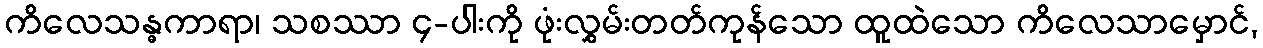
ကိလေသန္ဓကာရာ၊ သစဿာ ၄-ပါးကို ဖုံးလွှမ်းတတ်ကုန်သော ထူထဲသော ကိလေသာမှောင်,